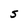
Character: S